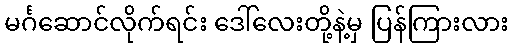
မင်္ဂဆောင်လိုက်ရင်း ဒေါ်လေးတို့နဲ့မှ ပြန်ကြားလား